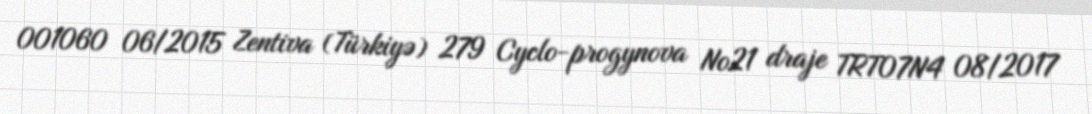
001060 06/2015 Zentiva (Türkiyə) 279 Cyclo-progynova №21 draje TRT07N4 08/2017